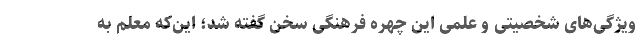
ویژگی‌های شخصیتی و علمی این چهره فرهنگی سخن گفته شد؛ این‌که معلم به